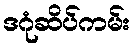
ဒဂုံဆိပ်ကမ်း